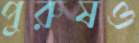
পুরুষও